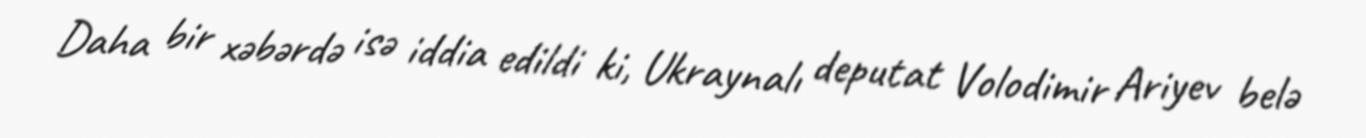
Daha bir xəbərdə isə iddia edildi ki, Ukraynalı deputat Volodimir Ariyev belə